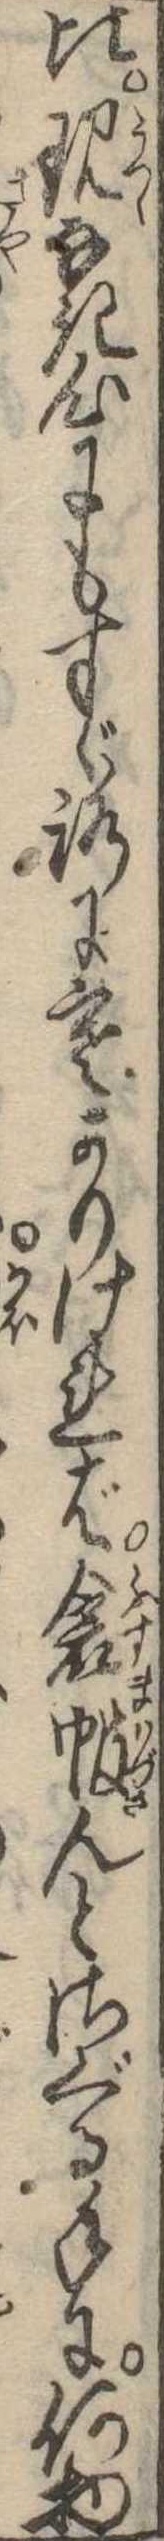
比現なき心にもすゞろに寒かりければ衾んとさぐる手に何物